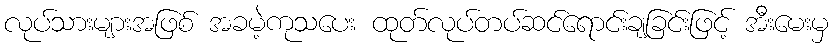
လုပ်သားများအဖြစ် အခမဲ့ကုသပေး ထုတ်လုပ်တပ်ဆင်ရောင်းချခြင်းဖြင့် အီးမေးမှ